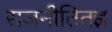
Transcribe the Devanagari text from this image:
राजनीतितज्ञ